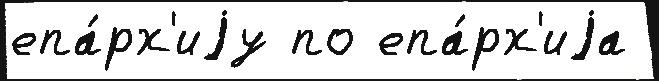
епа́рх'иjу по епа́рх'иjа